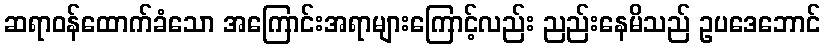
ဆရာဝန်ထောက်ခံသော အကြောင်းအရာများကြောင့်လည်း ညည်းနေမိသည် ဥပဒေဘောင်